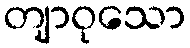
တျာဝုသော